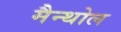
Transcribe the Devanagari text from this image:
मैन्थोल